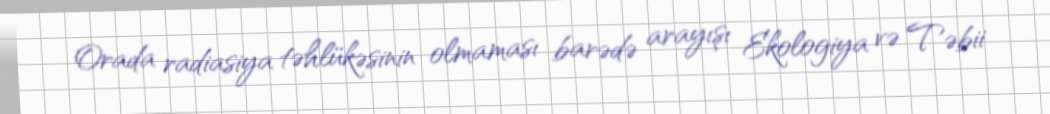
Orada radiasiya təhlükəsinin olmaması barədə arayışı Ekologiya və Təbii